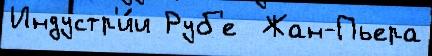
Индустр'и́и Руб'е  Жан-Пьера